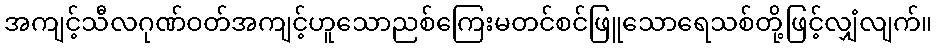
အကျင့်သီလဂုဏ်ဝတ်အကျင့်ဟူသောညစ်ကြေးမတင်စင်ဖြူသောရေသစ်တို့ဖြင့်လျှံလျက်။